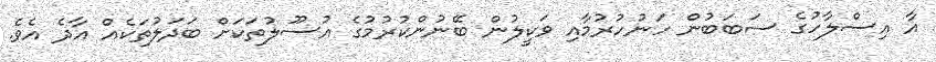
އާ އިސްލާހުގެ ސަބަބުން ހަނުހުރުމާއި ވަކީލުން ބޭނުންކުރުމުގެ އުސޫލުތަކަށް ބަދަލުތަކެއް އާދެ އެވެ.